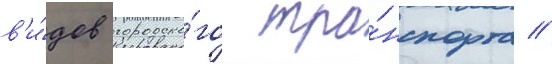
в'и́дов городско́го тра́нспорта //